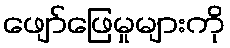
ဖျော်ဖြေမှုများကို